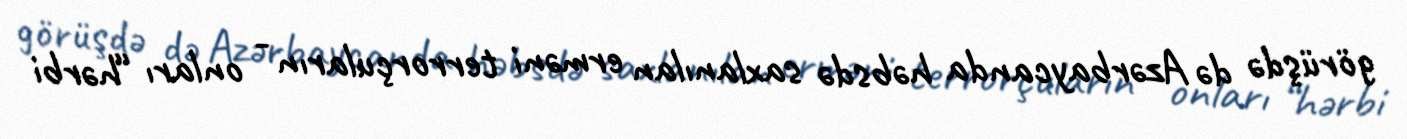
görüşdə də Azərbaycanda həbsdə saxlanılan erməni terrorçuların - onları “hərbi